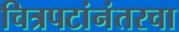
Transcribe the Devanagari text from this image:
चित्रपटांनंतरचा